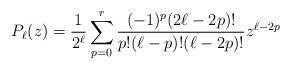
LaTeX: \begin{align*} P_\ell(z) = \frac{1}{2^\ell} \sum_{p=0}^{r} \frac{(-1)^p(2\ell-2 p)!}{p! (\ell-p)!(\ell-2p)!}z^{\ell-2p}\end{align*}